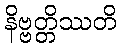
နိဗ္ဗတ္တိဿတိ